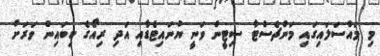
މި މައްސަލައިގައި މަންޗެސްޓާ ސިޓީން ވަނީ ޔުނައިޓެޑާއި އަދި ރިއޯގެ ކިބައިން ވަރަށް